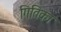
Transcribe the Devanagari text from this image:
गितिका